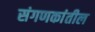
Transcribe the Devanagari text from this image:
संगणकांतील